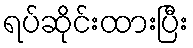
ရပ်ဆိုင်းထားပြီး